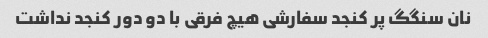
نان سنگگ پر کنجد سفارشی هیچ فرقی با دو دور کنجد نداشت